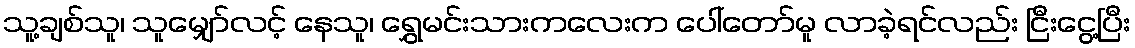
သူ့ချစ်သူ၊ သူမျှော်လင့် နေသူ၊ ရွှေမင်းသားကလေးက ပေါ်တော်မူ လာခဲ့ရင်လည်း ငြီးငွေ့ပြီး